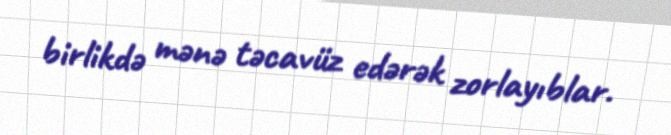
birlikdə mənə təcavüz edərək zorlayıblar.